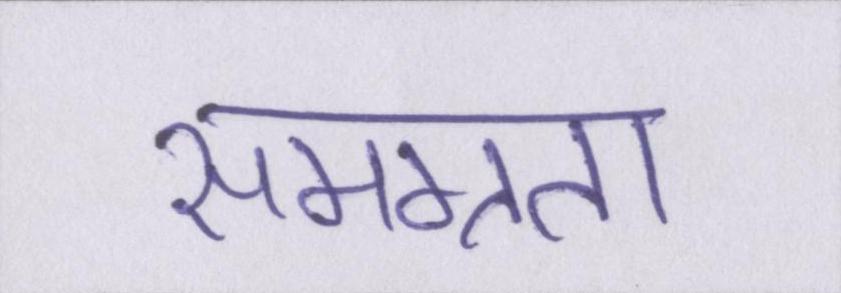
समग्रता